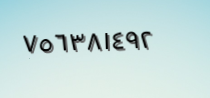
٧٥٦٣٨١٤٩٢